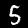
Label: 5